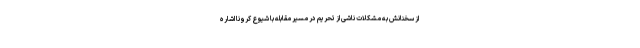
از سخنانش به مشکلات ناشی از تحریم در مسیر مقابله با شیوع کرونا اشاره